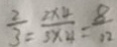
\frac { 2 } { 3 } = \frac { 2 \times 4 } { 3 \times 4 } = \frac { 8 } { 1 2 }